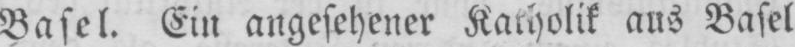
Basel. Ein angesehener Katholik aus Basel